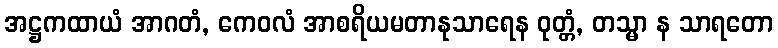
အဋ္ဌကထာယံ အာဂတံ, ကေဝလံ အာစရိယမတာနုသာရေန ဝုတ္တံ, တသ္မာ န သာရတော